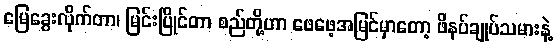
မြေခွေးလိုက်တာ၊ မြင်းပြိုင်တာ စည်တို့ဟာ ဖေဖေ့အမြင်မှာတော့ ဖိနပ်ချုပ်သမားနဲ့